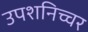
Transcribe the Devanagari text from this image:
उपशनिच्चर